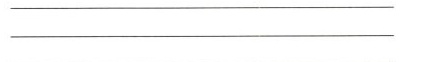
_________